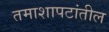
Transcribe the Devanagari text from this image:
तमाशापटांतील